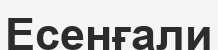
Есенғали